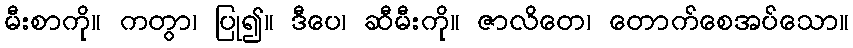
မီးစာကို။ ကတွာ၊ ပြု၍။ ဒီပေ၊ ဆီမီးကို။ ဇာလိတေ၊ တောက်စေအပ်သော။